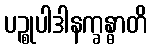
ပဉ္စုပါဒါနက္ခန္ဓာတိ